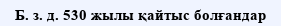
Б. з. д. 530 жылы қайтыс болғандар